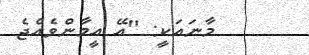
މާނައަކީ: ''އޭ އީމާންވެއްޖެ